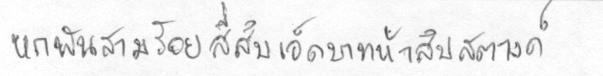
หกพันสามร้อยสี่สิบเอ็ดบาทห้าสิบสตางค์